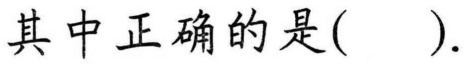
其中正确的是( ).